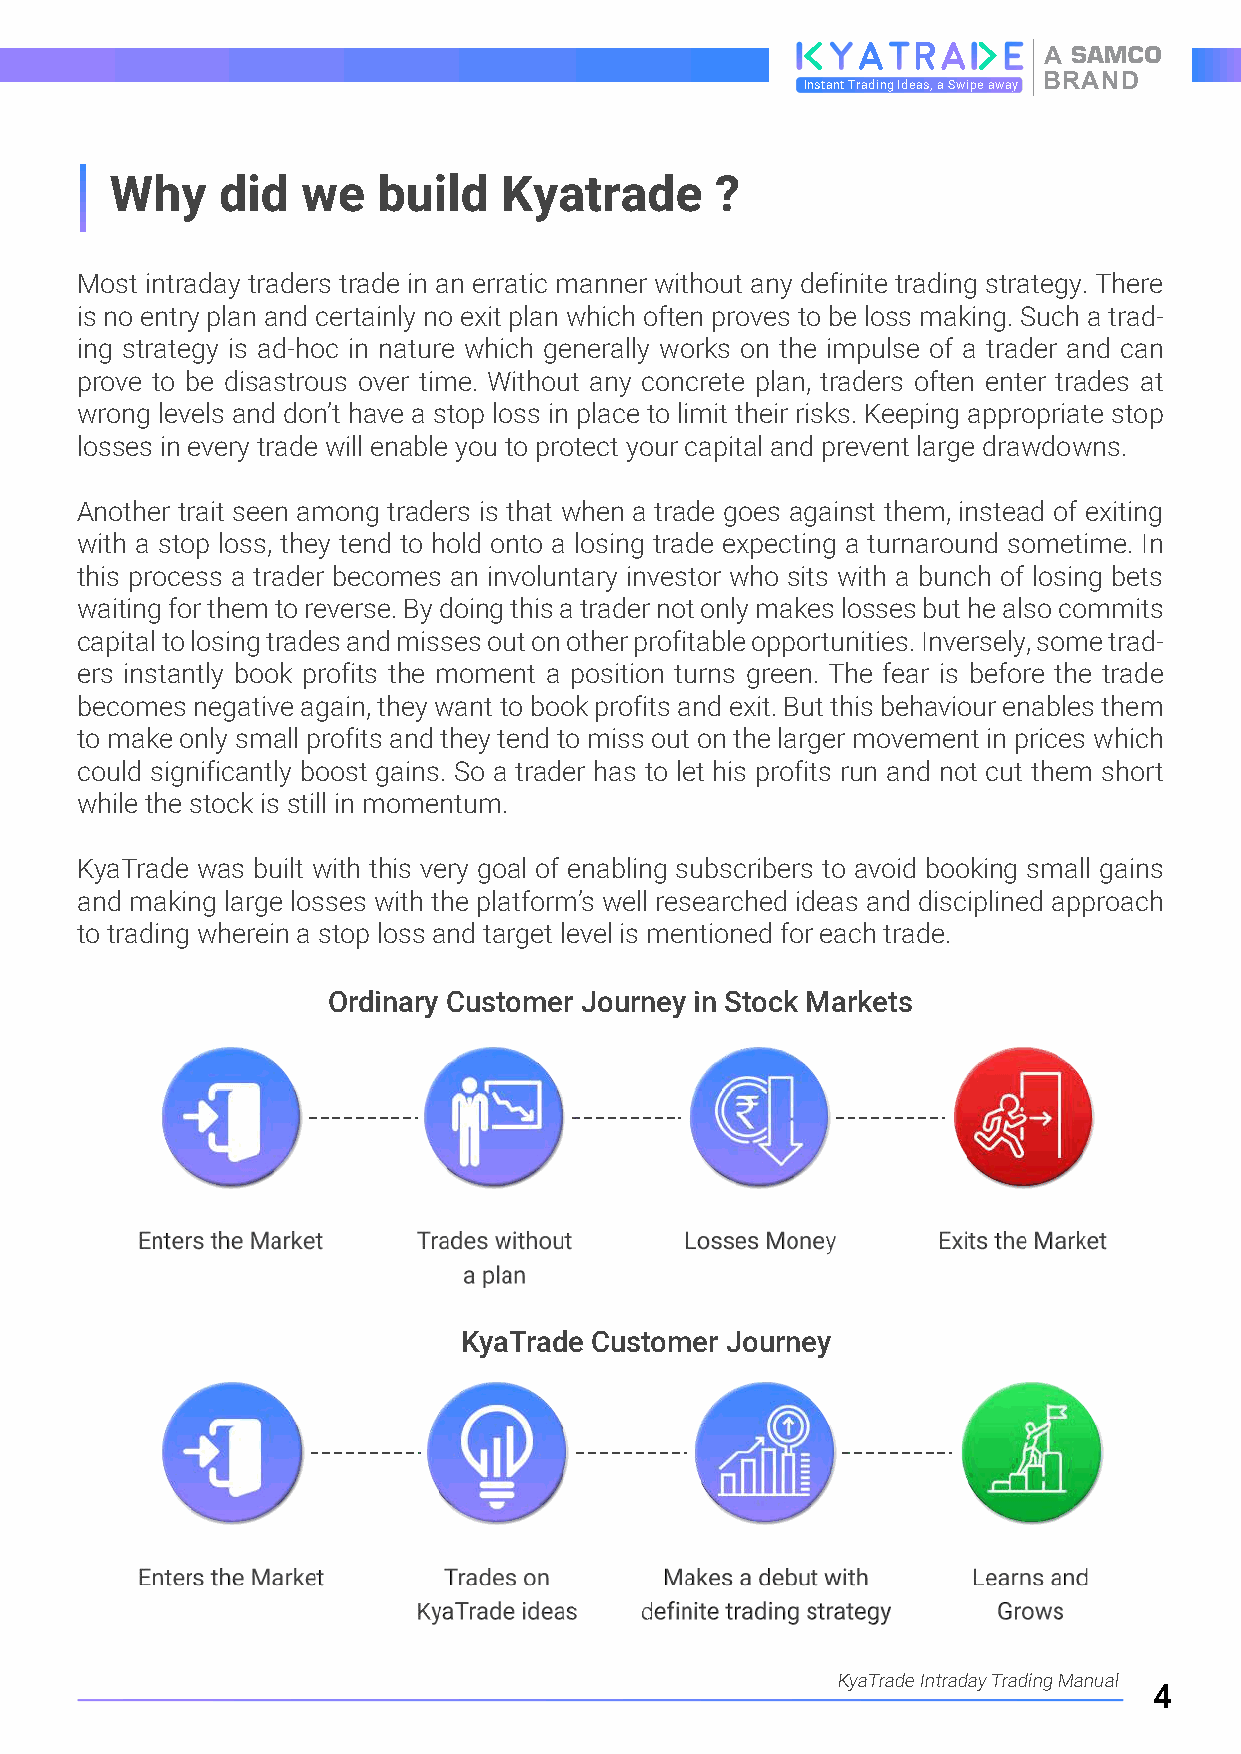
A
 BRAND
 Instant Trading Ideas, a Swipe away
 Why    did   we   build   Kyatrade      ?
 Most intraday traders trade in an erratic manner without any definite trading strategy. There
 is no entry plan and certainly no exit plan which often proves to be loss making. Such a trad-
 ing strategy is ad-hoc in nature which generally works on the impulse of a trader and can
 prove to be disastrous over time. Without any concrete plan, traders often enter trades at
 wrong levels and don’t have a stop loss in place to limit their risks. Keeping appropriate stop
 losses in every trade will enable you to protect your capital and prevent large drawdowns.
 Another trait seen among traders is that when a trade goes against them, instead of exiting
 with a stop loss, they tend to hold onto a losing trade expecting a turnaround sometime. In
 this process a trader becomes an involuntary investor who sits with a bunch of losing bets
 waiting for them to reverse. By doing this a trader not only makes losses but he also commits
 capital to losing trades and misses out on other profitable opportunities. Inversely, some trad-
 ers instantly book profits the moment a position turns green. The fear is before the trade
 becomes negative again, they want to book profits and exit. But this behaviour enables them
 to make only small profits and they tend to miss out on the larger movement in prices which
 could significantly boost gains. So a trader has to let his profits run and not cut them short
 while the stock is still in momentum.
 KyaTrade was built with this very goal of enabling subscribers to avoid booking small gains
 and making large losses with the platform’s well researched ideas and disciplined approach
 to trading wherein a stop loss and target level is mentioned for each trade.
 OOrrddiinnaarryy CCuussttoommeerr JJoouurrnneeyy iinn SSttoocckk MMaarrkkeettss
 KKyyaaTTrraaddee CCuussttoommeerr JJoouurrnneeyy
 KyaTrade Intraday Trading Manual
 4